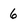
Character: 6